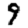
Digit: 9